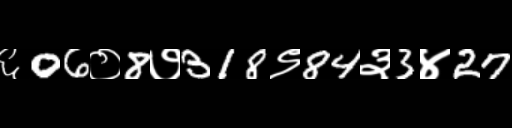
Text: ६06०8७318९84३3४27